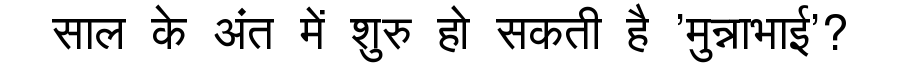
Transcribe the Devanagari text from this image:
साल के अंत में शुरु हो सकती है 'मुन्नाभाई'?